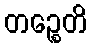
တဉ္စေတိ